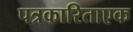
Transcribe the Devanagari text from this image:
पत्रकारिताएक